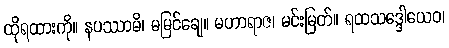
ထိုရထားကို။ နပဿာမိ၊ မမြင်ချေ။ မဟာရာဇ၊ မင်းမြတ်။ ရထသဒ္ဒေါယေဝ၊